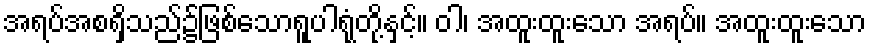
အရပ်အစရှိသည်၌ဖြစ်သောရူပါရုံတို့နှင့်။ ဝါ၊ အထူးထူးသော အရပ်။ အထူးထူးသော